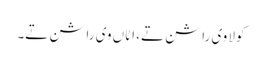
کولا وی راشن تے، اٹاں وی راشن تے۔